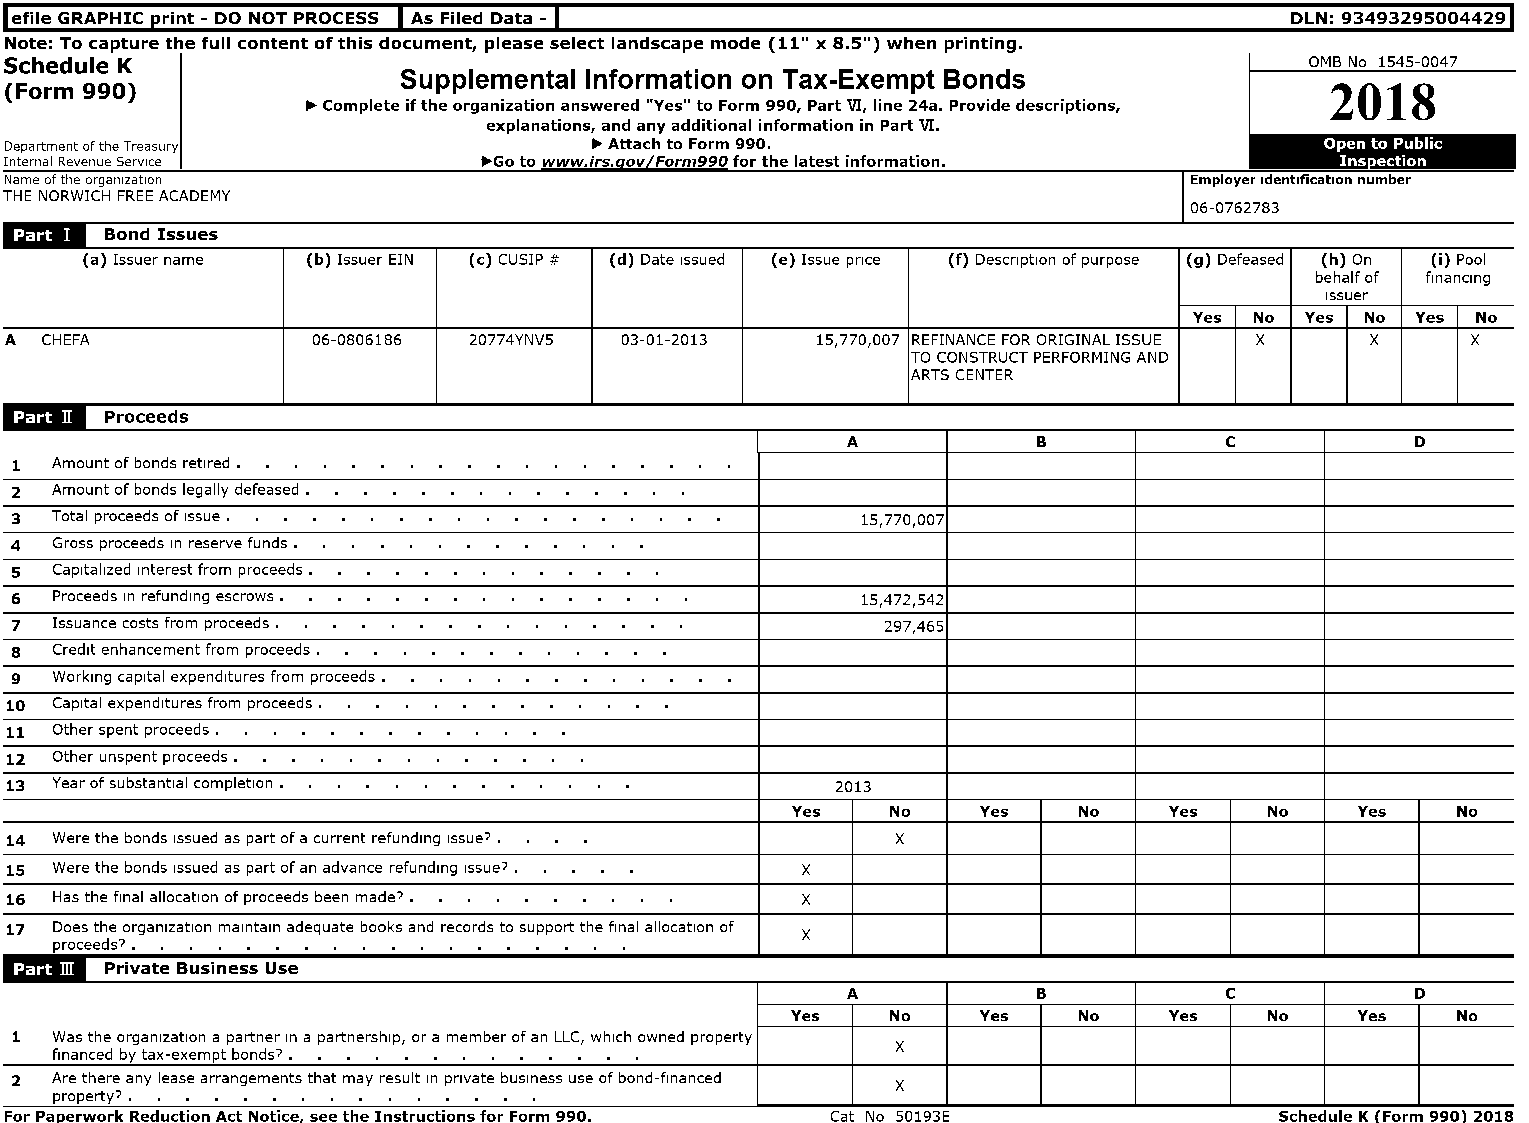
I         -I
 lefile GRAPHIC print - DO NOT PROCESS As Filed Data                                  DLN:9349329s0044291
 Note: To capture the full content of this document, please select landscape mode (11" x 8.5") when printing.
 Schedule K                                                                             OMB No 1545-0047
 Supplemental Information on Tax-Exempt Bonds
 (Form 990)                                                                              2018
 ~ Complete if the organization answered "Yes" to Form 990, Part VI, line 24a. Provide descriptions,
 explanations, and any additional information in Part VI.
 Department of the Treasury             ~ Attach to Form 990.                            Open to Public
 Internal Revenue Service        ~Go to          for the latest information.              Ins ection
 Name of the organization                                                       Employer IdentIficatIon number
 THE NORWICH FREE ACADEMY
 06-0762783
 (b) Issuer EIN (c) CUSIP # (d) Date Issued (e) Issue price (f) DeSCription of purpose (h) On (i) Pool
 behalf of finanCing
 A  CHEFA             06-0806186 20774YNV5 03-01-2013  15,770,007 CE FOR ORIGINAL ISSUE
 CONSTRUCT PERFORMING AND
 ARTS CENTER
 1 Amount of bonds retired.
 14 Were the bonds Issued as part of a current refunding Issue? • x
 x
 1 Was the organization a partner In a partnership, or a member of an LLC, which owned property x
 financed tax-exem bonds?
 2      any lease arrangements that may result In private bUSiness use of bond-financed x
 For Pa erwork Reduction Act Notice see the Instructions for Form 990. Cat No 50193E  Schedule K Form 990 2018